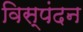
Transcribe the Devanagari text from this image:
विस्पंदन